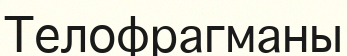
Телофрагманы